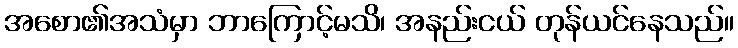
အစော၏အသံမှာ ဘာကြောင့်မသိ၊ အနည်းငယ် တုန်ယင်နေသည်။